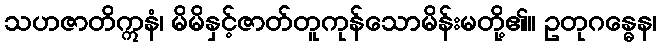
သဟဇာတိဣနံ၊ မိမိနှင့်ဇာတ်တူကုန်သောမိန်းမတို့၏။ ဥတုဂန္ဓေန၊